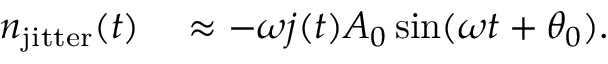
\begin{array} { r l } { n _ { \mathrm { j i t t e r } } ( t ) } & { { } \approx - \omega j ( t ) A _ { 0 } \sin ( \omega t + \theta _ { 0 } ) . } \end{array}